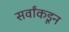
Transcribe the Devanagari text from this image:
सर्वांकडून